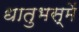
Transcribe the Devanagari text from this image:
धातुभस्में